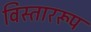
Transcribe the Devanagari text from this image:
विस्ताररूप